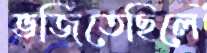
ভজিতেছিলে